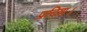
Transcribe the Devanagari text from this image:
प्रदिश।